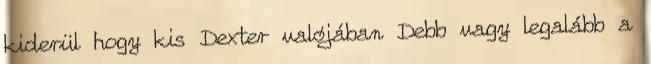
kiderül hogy kis Dexter valójában Debb vagy legalább a